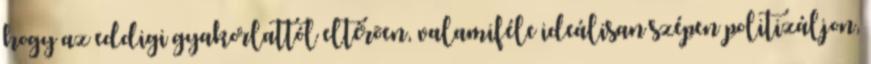
hogy az eddigi gyakorlattól eltérõen, valamiféle ideálisan szépen politizáljon,